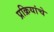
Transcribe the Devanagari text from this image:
प्रक्रियांचे